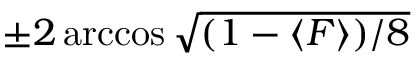
\pm 2 \operatorname { a r c c o s } \sqrt { ( 1 - \langle F \rangle ) / 8 }